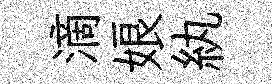
滴娘紈